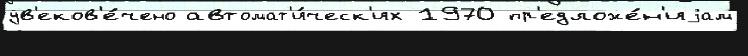
ув'еков'е́чено автомат'и́ческ'их 1970 пр'едложе́н'иjам